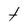
Character: t